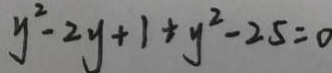
y ^ { 2 } - 2 y + 1 + y ^ { 2 } - 2 5 = 0